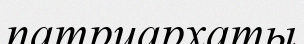
патриархаты